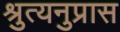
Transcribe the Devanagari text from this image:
श्रुत्यनुप्रास